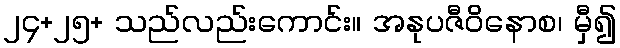
၂၄+၂၅+ သည်လည်းကောင်း။ အနုပဇီဝိနောစ၊ မှီ၍